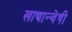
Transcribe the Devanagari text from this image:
खाद्यान्वेषी